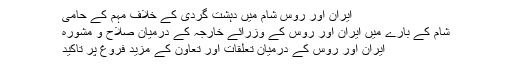
ایران اور روس شام میں دہشت گردی کے خلاف مہم کے حامی
شام کے بارے میں ایران اور روس کے وزرائے خارجہ کے درمیان صلاح و مشورہ
ایران اور روس کے درمیان تعلقات اور تعاون کے مزید فروغ پر تاکید